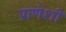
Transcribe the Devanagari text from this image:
प्राणेशी